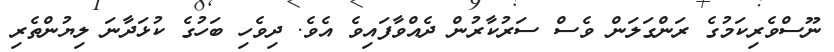
ނޫސްވެރިކަމުގެ ރަންގަލަން ވެސް ސަރުކާރުން ދެއްވާފައިވެ އެވެ. ދިވެހި ބަހުގެ ކުޅަދާނަ ލިޔުންތެރި